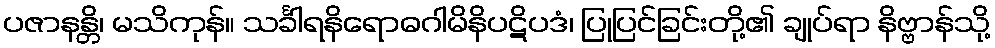
ပဇာနန္တိ၊ မသိကုန်။ သင်္ခါရနိရောဓဂါမိနိပဋိပဒံ၊ ပြုပြင်ခြင်းတို့၏ ချုပ်ရာ နိဗ္ဗာန်သို့